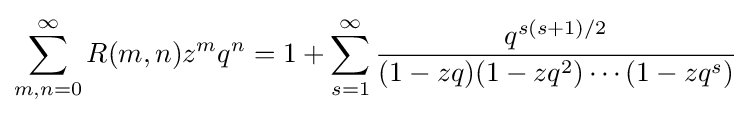
\sum _{m,n=0}^{\infty }R(m,n)z^{m}q^{n}=1+\sum _{s=1}^{\infty }{\frac {q^{s(s+1)/2}}{(1-zq)(1-zq^{2})\cdots (1-zq^{s})}}